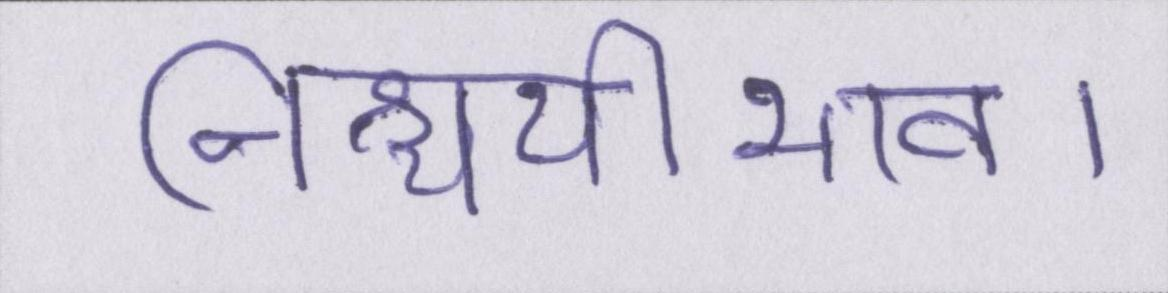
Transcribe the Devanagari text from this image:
निश्चयीभाव।